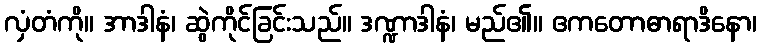
လှံတံကို။ အာဒါနံ၊ ဆွဲကိုင်ခြင်းသည်။ ဒဏ္ဍာဒါနံ၊ မည်၏။ ဧကတောဓာရာဒိနော၊